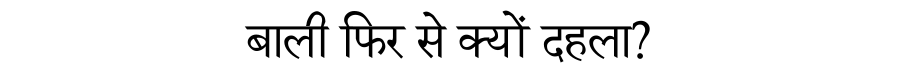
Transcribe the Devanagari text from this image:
बाली फिर से क्यों दहला?